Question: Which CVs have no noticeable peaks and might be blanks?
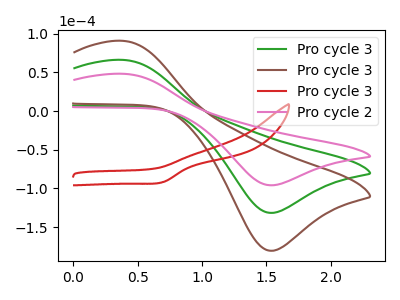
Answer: <think>The green curve "Pro cycle 3" has an anodic peak at (0.40V, 66.30uA) and a cathodic peak at (1.55V, -131.65uA). The brown curve "Pro cycle 3" has an anodic peak at (0.40V, 132.55uA) and a cathodic peak at (1.55V, -263.30uA). The red curve "Pro cycle 3" has a cathodic peak at: (0.70V, -91.75uA). The pink curve "Pro cycle 2" has an anodic peak at (0.40V, 48.30uA) and a cathodic peak at (1.55V, -95.95uA).</think>
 <answer>There are not any CV's on this graph that are likely to be blanks.</answer>
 <eval>none</eval>